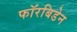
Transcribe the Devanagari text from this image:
फॉरबिडेन